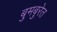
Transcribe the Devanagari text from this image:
बुमबुरेत